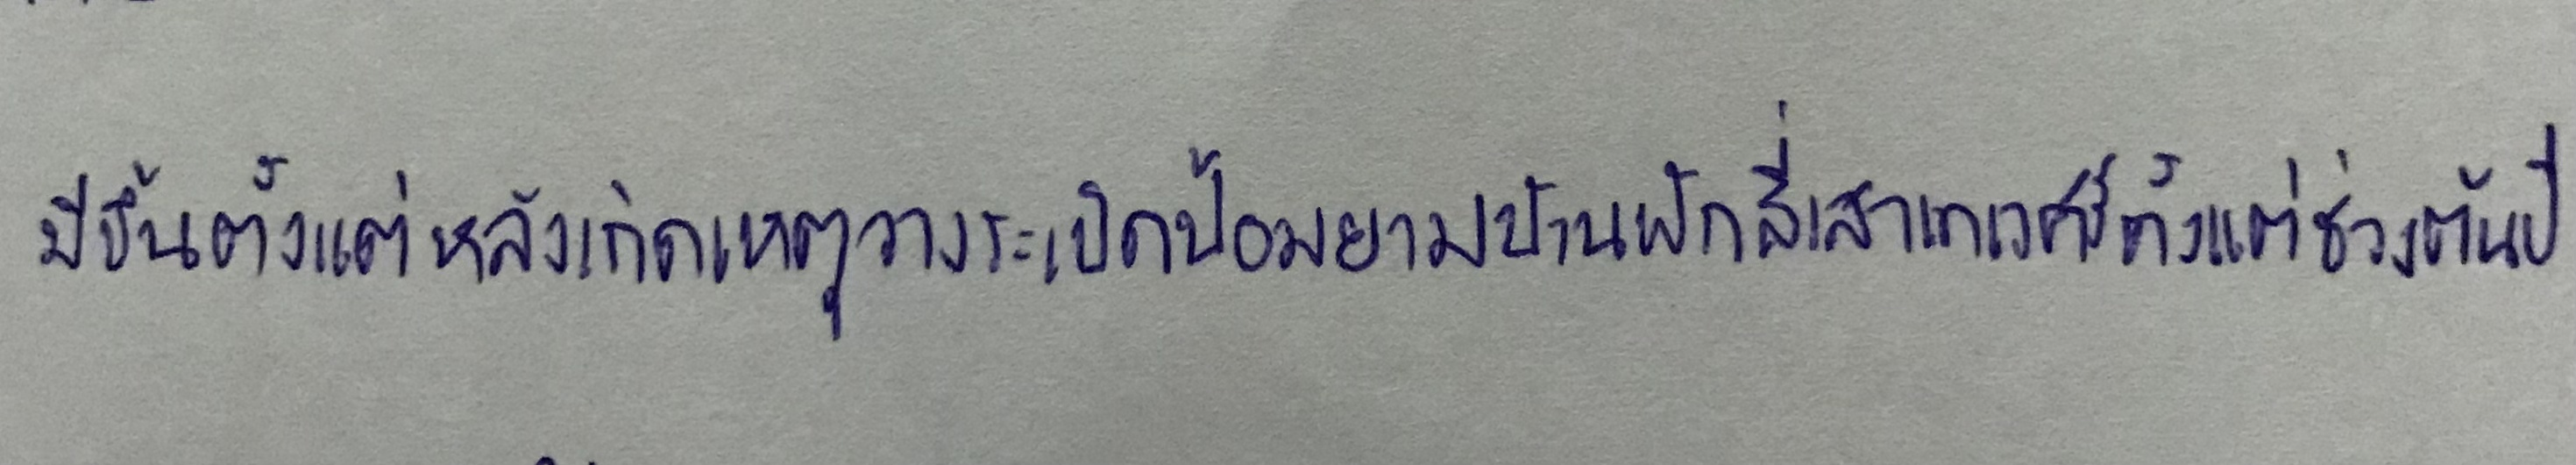
มีขึ้นตั้งแต่หลังเกิดเหตุวางระเบิดป้อมยามบ้านพักสี่เสาเทเวศร์ตั้งแต่ช่วงต้นปี